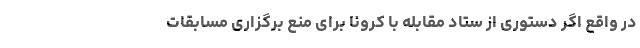
در واقع اگر دستوری از ستاد مقابله با کرونا برای منع برگزاری مسابقات